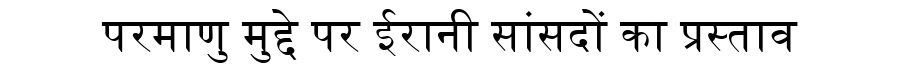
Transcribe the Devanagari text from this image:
परमाणु मुद्दे पर ईरानी सांसदों का प्रस्ताव